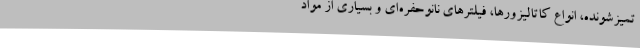
تمیزشونده،‌ انواع کاتالیزورها، فیلترهای نانوحفره‌ای و بسیاری از مواد